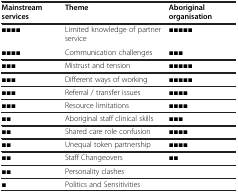
<table><thead><tr><td><b>Mainstream services</b></td><td><b>Theme</b></td><td><b>Aboriginal organisation</b></td></tr></thead><tbody><tr><td><b>■■■■</b></td><td>Limited knowledge of partner service</td><td><b>■■■■■</b></td></tr><tr><td><b>■■■■</b></td><td>Communication challenges</td><td><b>■■■</b></td></tr><tr><td><b>■■■</b></td><td>Mistrust and tension</td><td><b>■■■■■</b></td></tr><tr><td><b>■■■</b></td><td>Different ways of working</td><td><b>■■■■■</b></td></tr><tr><td><b>■■■</b></td><td>Referral / transfer issues</td><td><b>■■■■</b></td></tr><tr><td><b>■■■</b></td><td>Resource limitations</td><td><b>■■■■</b></td></tr><tr><td><b>■■</b></td><td>Aboriginal staff clinical skills</td><td><b>■■■</b></td></tr><tr><td><b>■■</b></td><td>Shared care role confusion</td><td><b>■■■■</b></td></tr><tr><td><b>■■</b></td><td>Unequal token partnership</td><td><b>■■■■</b></td></tr><tr><td><b>■■</b></td><td>Staff Changeovers</td><td><b>■■</b></td></tr><tr><td><b>■■</b></td><td>Personality clashes</td><td> </td></tr><tr><td><b>■</b></td><td>Politics and Sensitivities</td><td> </td></tr></tbody></table>